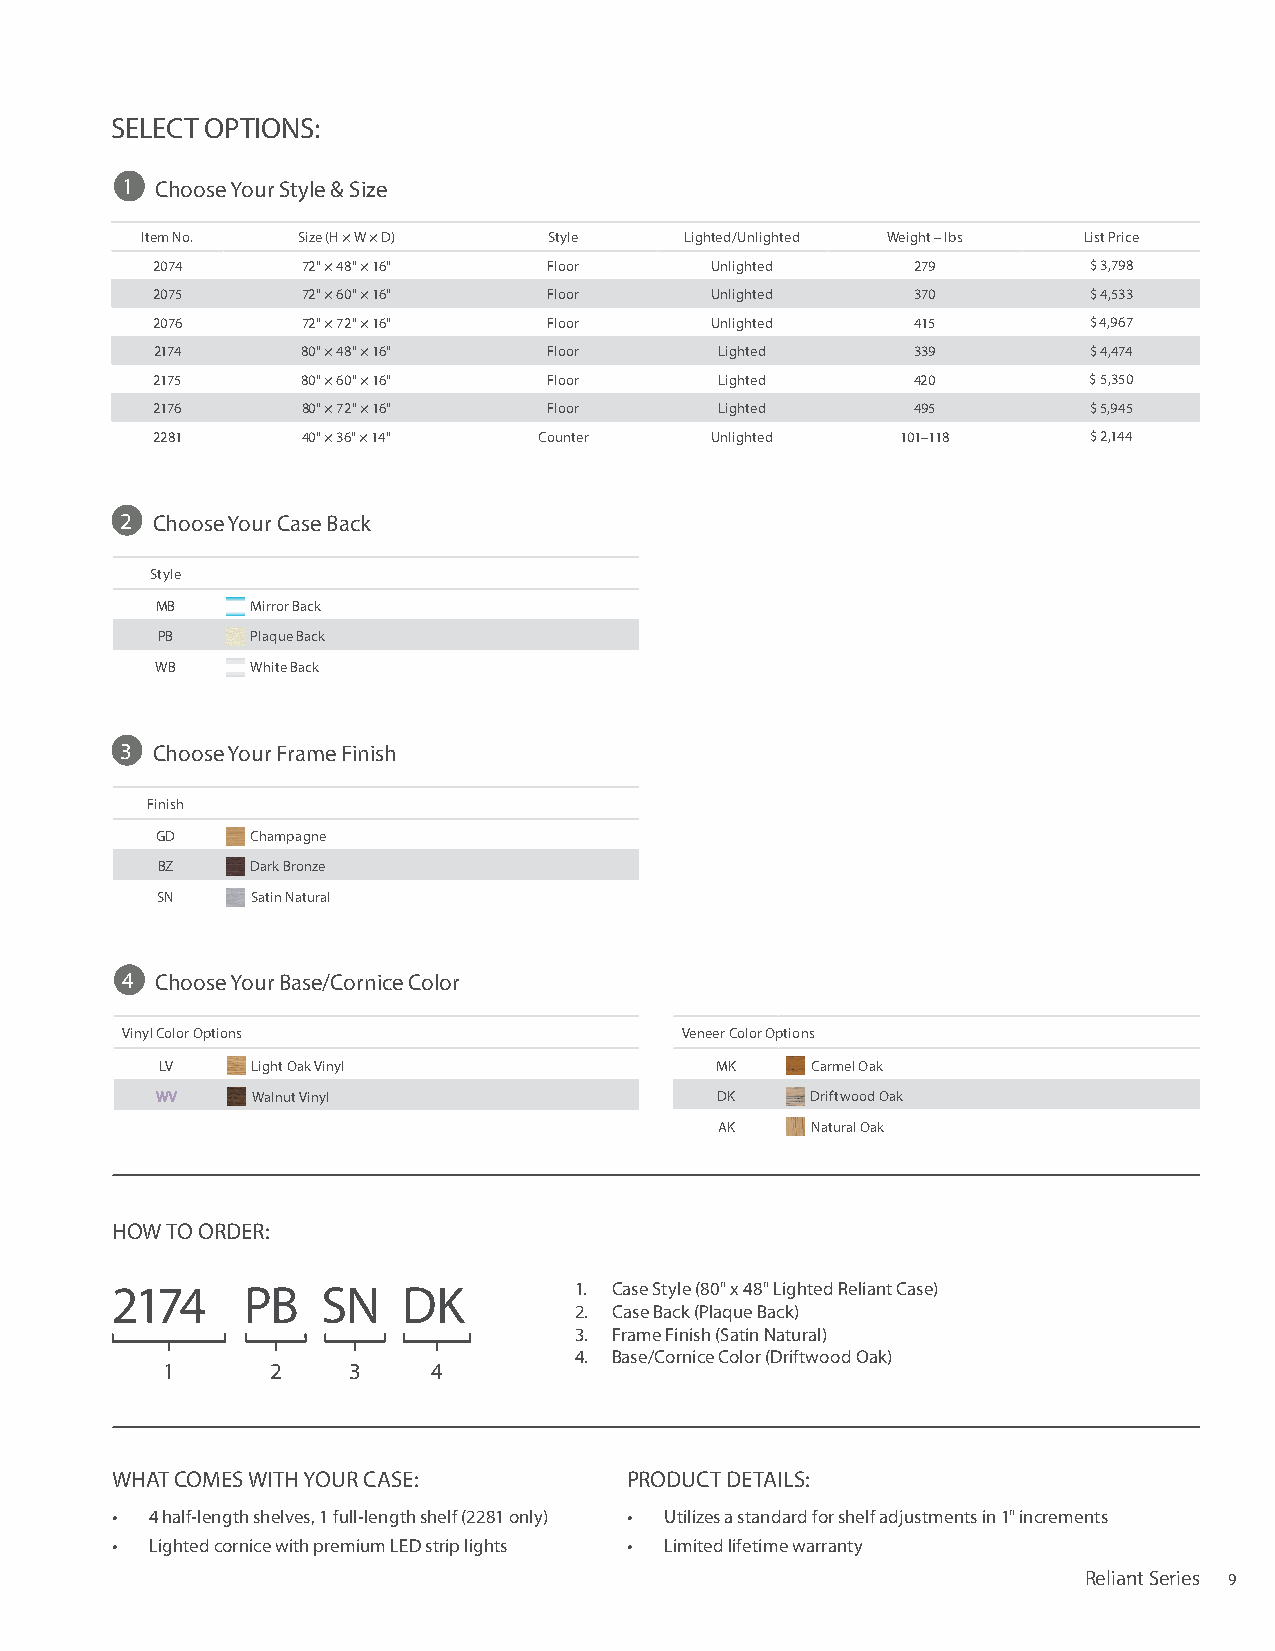
SELECT OPTIONS:
 1 Choose Your Style & Size
 Item No.   Size (H × W × D) Style   Lighted/Unlighted Weight – lbs List Price
 2074      72" × 48" × 16" Floor      Unlighted    279         $ 3,798
 2075      72" × 60" × 16" Floor      Unlighted    370         $ 4,533
 2076      72" × 72" × 16" Floor      Unlighted     415        $ 4,967
 2174      80" × 48" × 16" Floor       Lighted     339         $ 4,474
 2175      80" × 60" × 16" Floor       Lighted     420         $ 5,350
 2176      80" × 72" × 16" Floor       Lighted     495         $ 5,945
 2281      40" × 36" × 14" Counter    Unlighted    101–118     $ 2,144
 2 Choose Your Case Back
 Style
 MB     Mirror Back
 PB     Plaque Back
 WB     White Back
 3 Choose Your Frame Finish
 Finish
 GD     Champagne
 BZ     Dark Bronze
 SN     Satin Natural
 4 Choose Your Base/Cornice Color
 Vinyl Color Options                  Veneer Color Options
 LV    Light Oak Vinyl               MK     Carmel Oak
 WV     Walnut Vinyl                  DK     Driftwood Oak
 AK    Natural Oak
 HOW TO ORDER:
 2174     PB   SN    DK         1. Case Style (80" x 48" Lighted Reliant Case)
 2. Case Back (Plaque Back)
 3. Frame Finish (Satin Natural)
 4. Base/Cornice Color (Driftwood Oak)
 1      2    3     4
 WHAT COMES WITH YOUR CASE:         PRODUCT DETAILS:
 •  4 half-length shelves, 1 full-length shelf (2281 only) • Utilizes a standard for shelf adjustments in 1" increments
 •  Lighted cornice with premium LED strip lights • Limited lifetime warranty
 Reliant Series 9